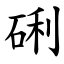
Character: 䂰